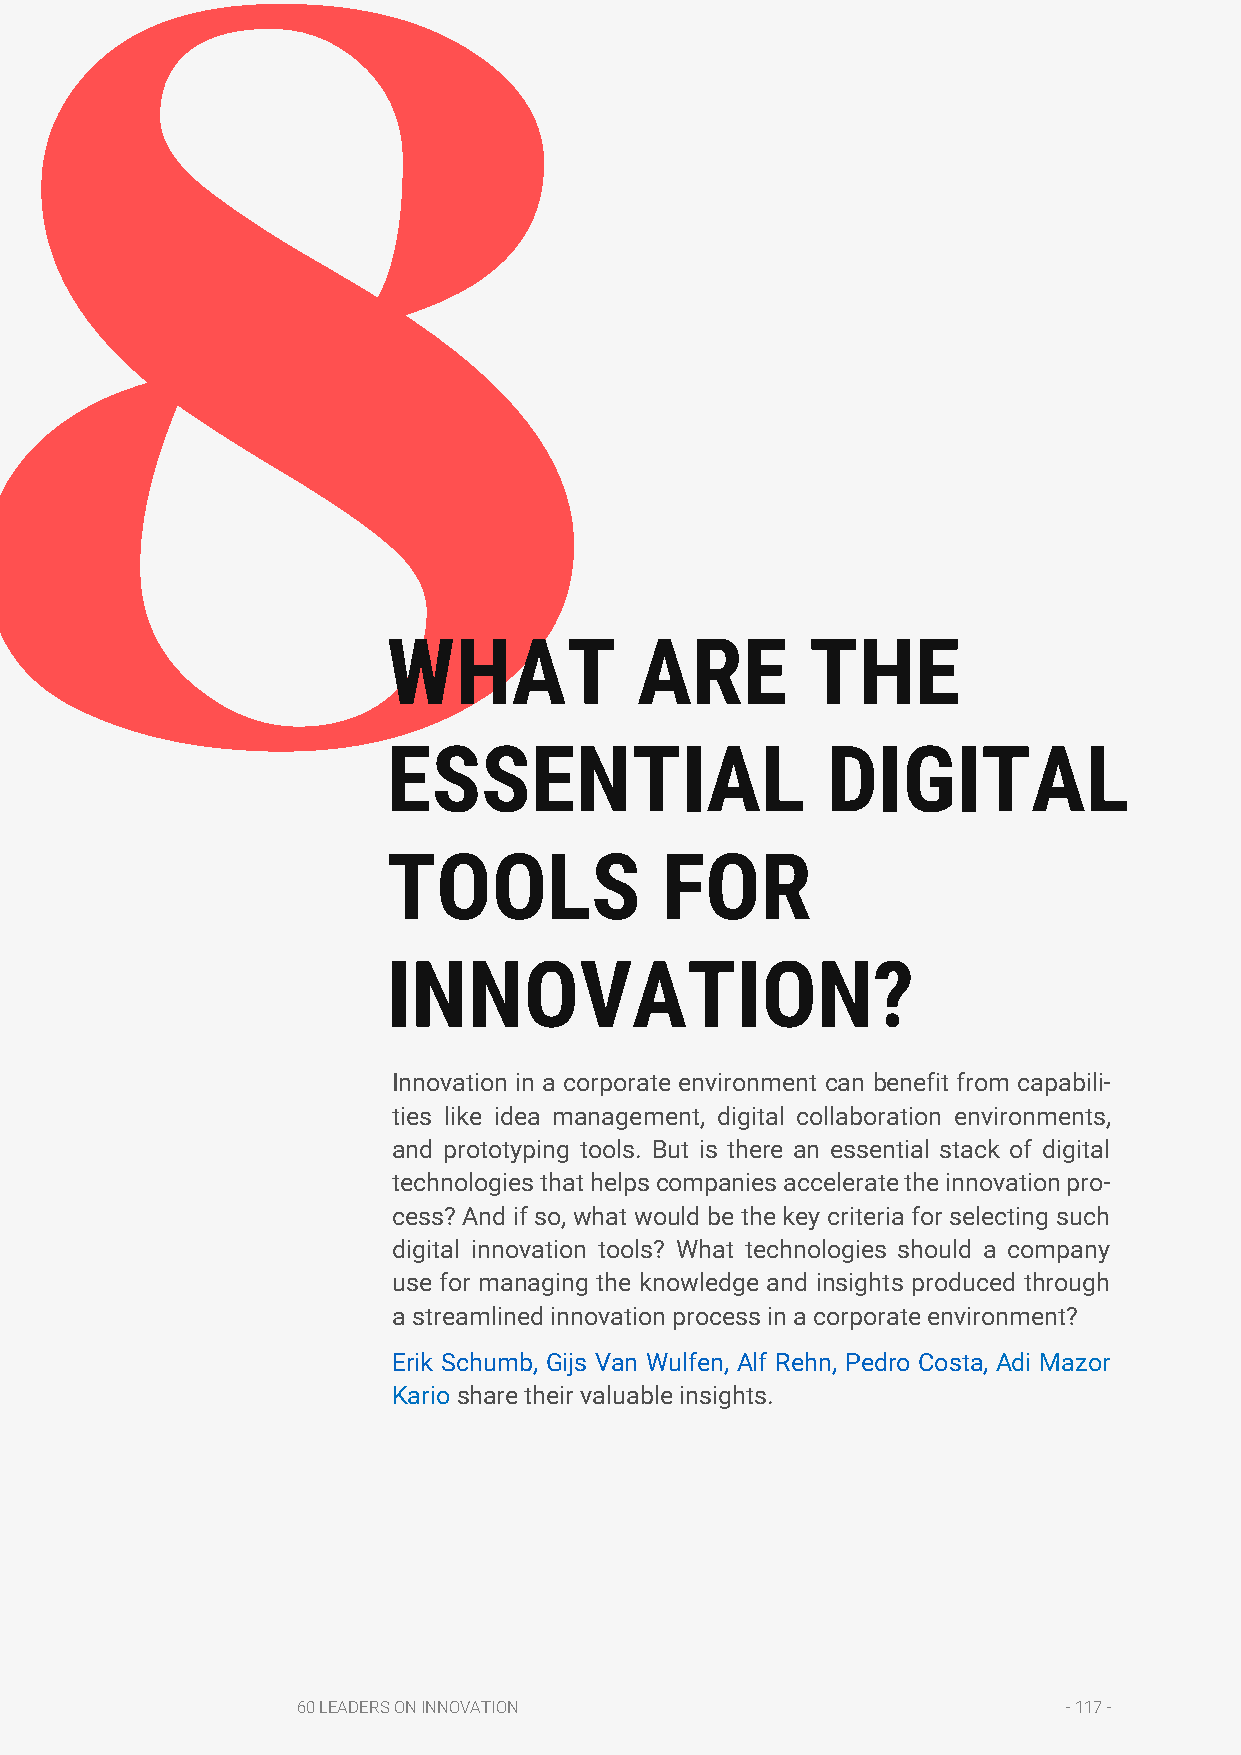
8
 WHAT            ARE         THE
 ESSENTIAL                    DIGITAL
 TOOLS             FOR
 INNOVATION?
 Innovation in a corporate environment can benefit from capabili-
 ties like idea management, digital collaboration environments,
 and prototyping tools. But is there an essential stack of digital
 technologies that helps companies accelerate the innovation pro-
 cess? And if so, what would be the key criteria for selecting such
 digital innovation tools? What technologies should a company
 use for managing the knowledge and insights produced through
 a streamlined innovation process in a corporate environment?
 Erik Schumb, Gijs Van Wulfen, Alf Rehn, Pedro Costa, Adi Mazor
 Kario share their valuable insights.
 60 LEADERS ON INNOVATION                           - 117 -